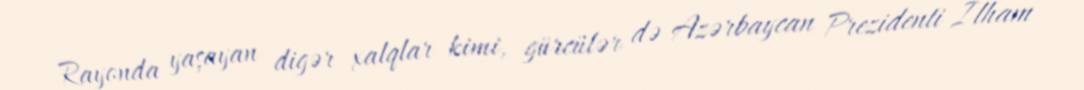
Rayonda yaşayan digər xalqlar kimi, gürcülər də Azərbaycan Prezidenti İlham